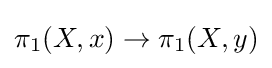
\pi _{1}(X,x)\to \pi _{1}(X,y)